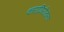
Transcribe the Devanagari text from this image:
कारागिरीतला